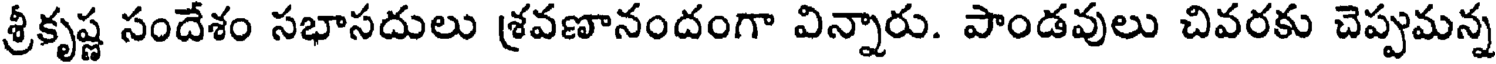
శ్రీకృష్ణ సందేశం సభాసదులు శ్రవణానందంగా విన్నారు. పాండవులు చివరకు చెప్పుమన్న